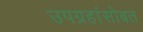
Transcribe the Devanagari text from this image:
उपग्रहांसोबत